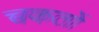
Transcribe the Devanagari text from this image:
चकतों